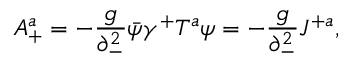
A _ { + } ^ { a } = - { \frac { g } { \partial _ { - } ^ { 2 } } } \bar { \psi } \gamma ^ { + } T ^ { a } \psi = - { \frac { g } { \partial _ { - } ^ { 2 } } } J ^ { + a } ,